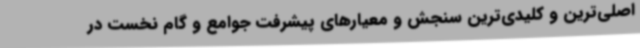
اصلی‌ترین و کلیدی‌ترین سنجش و معیارهای پیشرفت جوامع و گام نخست در